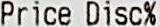
PRICE DISC%